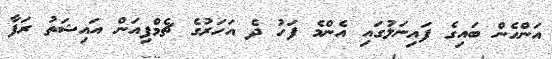
އަންހެން ބައިގެ ފައިނަލުގައި އެންމެ ފަހު ދެ އަހަރުގެ ޗެމްޕިއަން އައިޝަތު ރަފާ